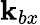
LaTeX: \mathbf{k}_{bx}